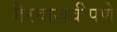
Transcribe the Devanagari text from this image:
गैरवाजवीपणे